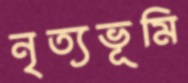
নৃত্যভূমি